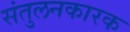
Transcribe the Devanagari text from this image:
संतुलनकारक